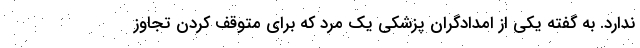
ندارد. به گفته یکی از امدادگران پزشکی یک مرد که برای متوقف کردن تجاوز